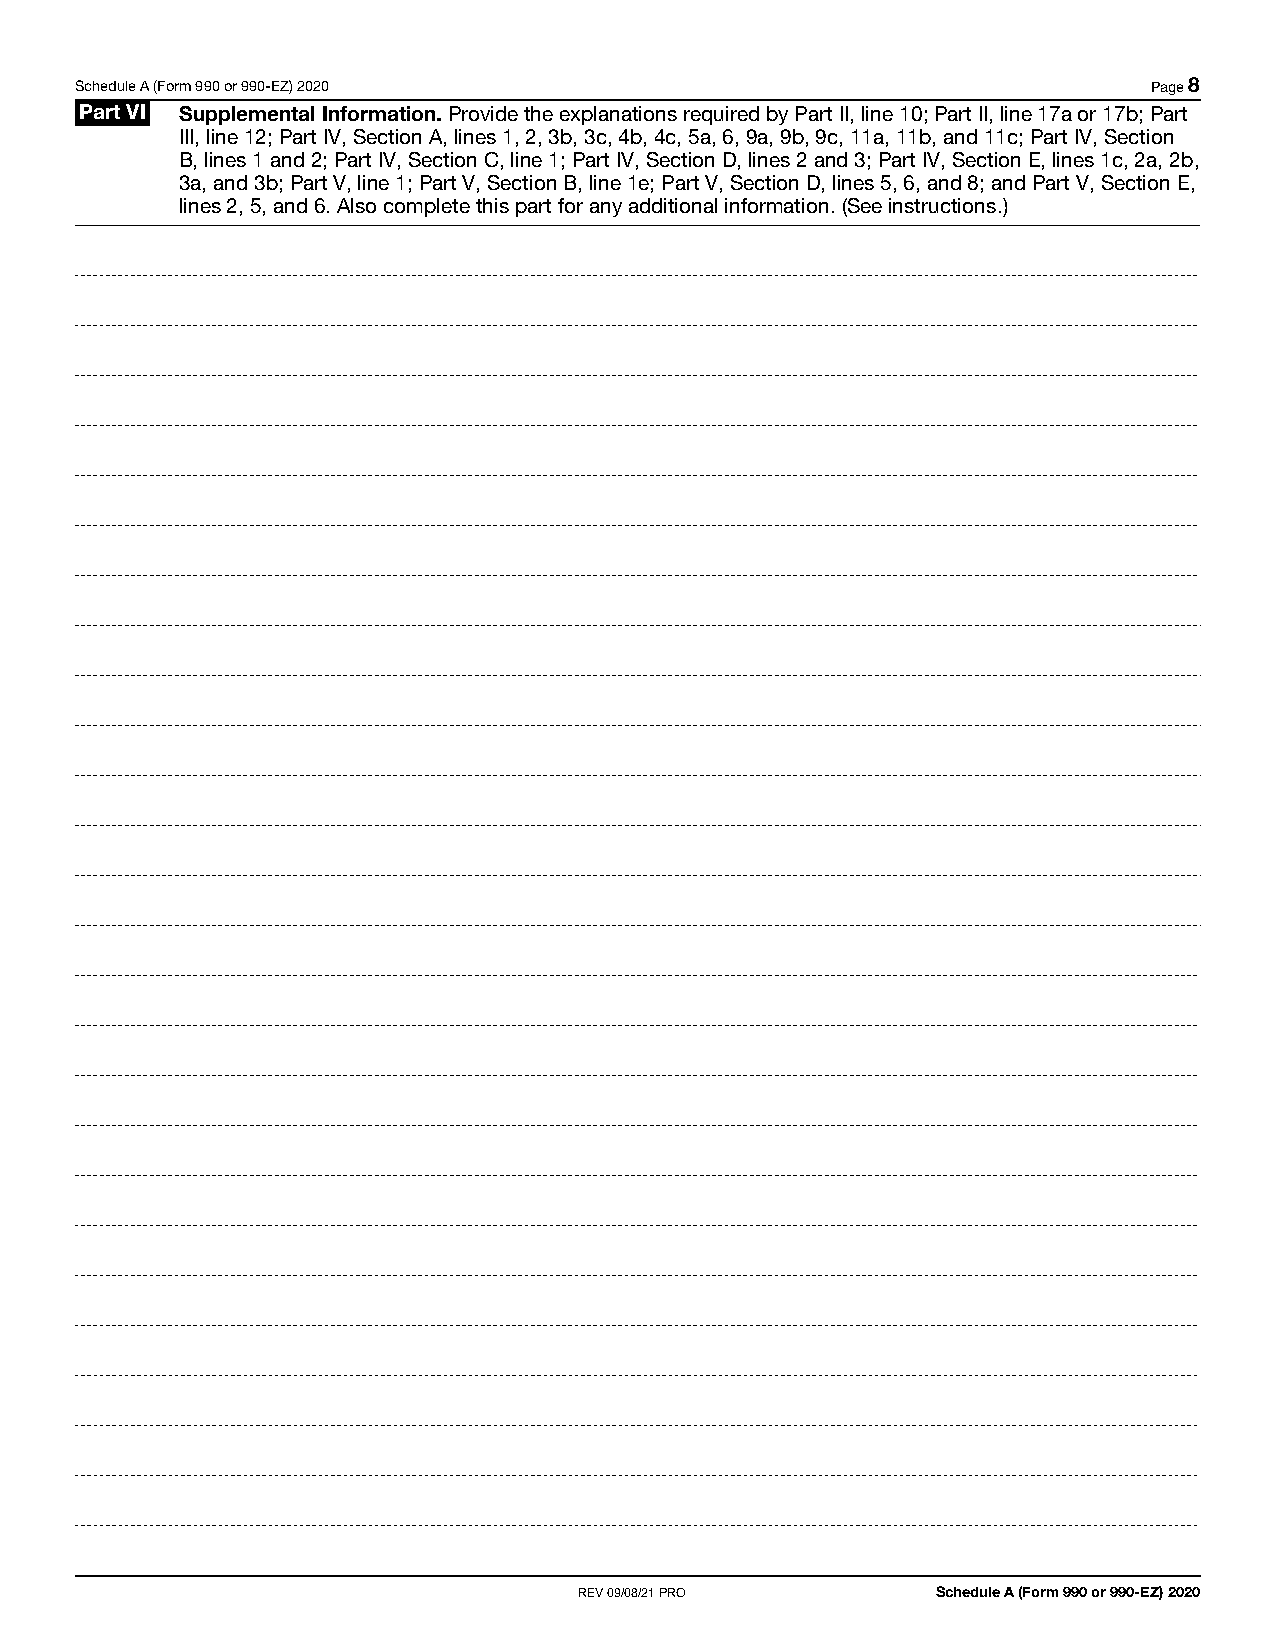
Schedule A (Form 990 or 990-EZ) 2020                                   Page 8
 Part VI Supplemental Information. Provide the explanations required by Part II, line 10; Part II, line 17a or 17b; Part
 III, line 12; Part IV, Section A, lines 1, 2, 3b, 3c, 4b, 4c, 5a, 6, 9a, 9b, 9c, 11a, 11b, and 11c; Part IV, Section
 B, lines 1 and 2; Part IV, Section C, line 1; Part IV, Section D, lines 2 and 3; Part IV, Section E, lines 1c, 2a, 2b,
 3a, and 3b; Part V, line 1; Part V, Section B, line 1e; Part V, Section D, lines 5, 6, and 8; and Part V, Section E,
 lines 2, 5, and 6. Also complete this part for any additional information. (See instructions.)
 REV 09/08/21 PRO        Schedule A (Form 990 or 990-EZ) 2020